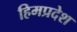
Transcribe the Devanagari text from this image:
हिमप्रदेश